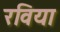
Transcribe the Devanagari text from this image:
रविया